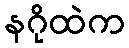
နဂိုထဲက